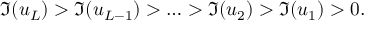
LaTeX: \Im ( u _ { L } ) > \Im ( u _ { L - 1 } ) > \ldots > \Im ( u _ { 2 } ) > \Im ( u _ { 1 } ) > 0 .